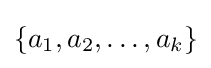
\{a_{1},a_{2},\ldots ,a_{k}\}